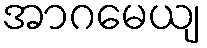
အာဂမေယျ